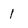
Character: 1